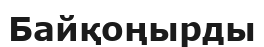
Байқоңырды